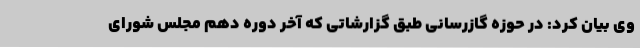
وی بیان کرد: در حوزه گازرسانی طبق گزارشاتی که آخر دوره دهم مجلس شورای